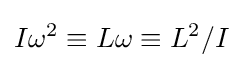
I\omega ^{2}\equiv L\omega \equiv L^{2}/I